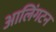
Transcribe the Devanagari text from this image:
आलिंगटन